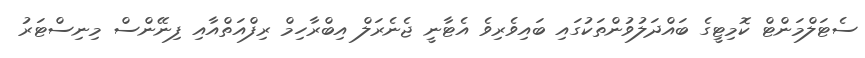
ސެޓަލްމަންޓް ކޮމިޓީގެ ބައްދަލުވުންތަކުގައި ބައިވެރިވެ އެޓާނީ ޖެނެރަލް އިބްރާހިމް ރިފްއަތްއާއި ފިނޭންސް މިނިސްޓަރު